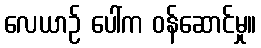
လေယာဉ် ပေါ်က ဝန်ဆောင်မှု။